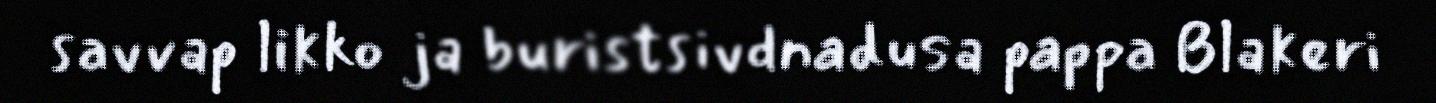
savvap likko ja buristsivdnadusa pappa Blakeri